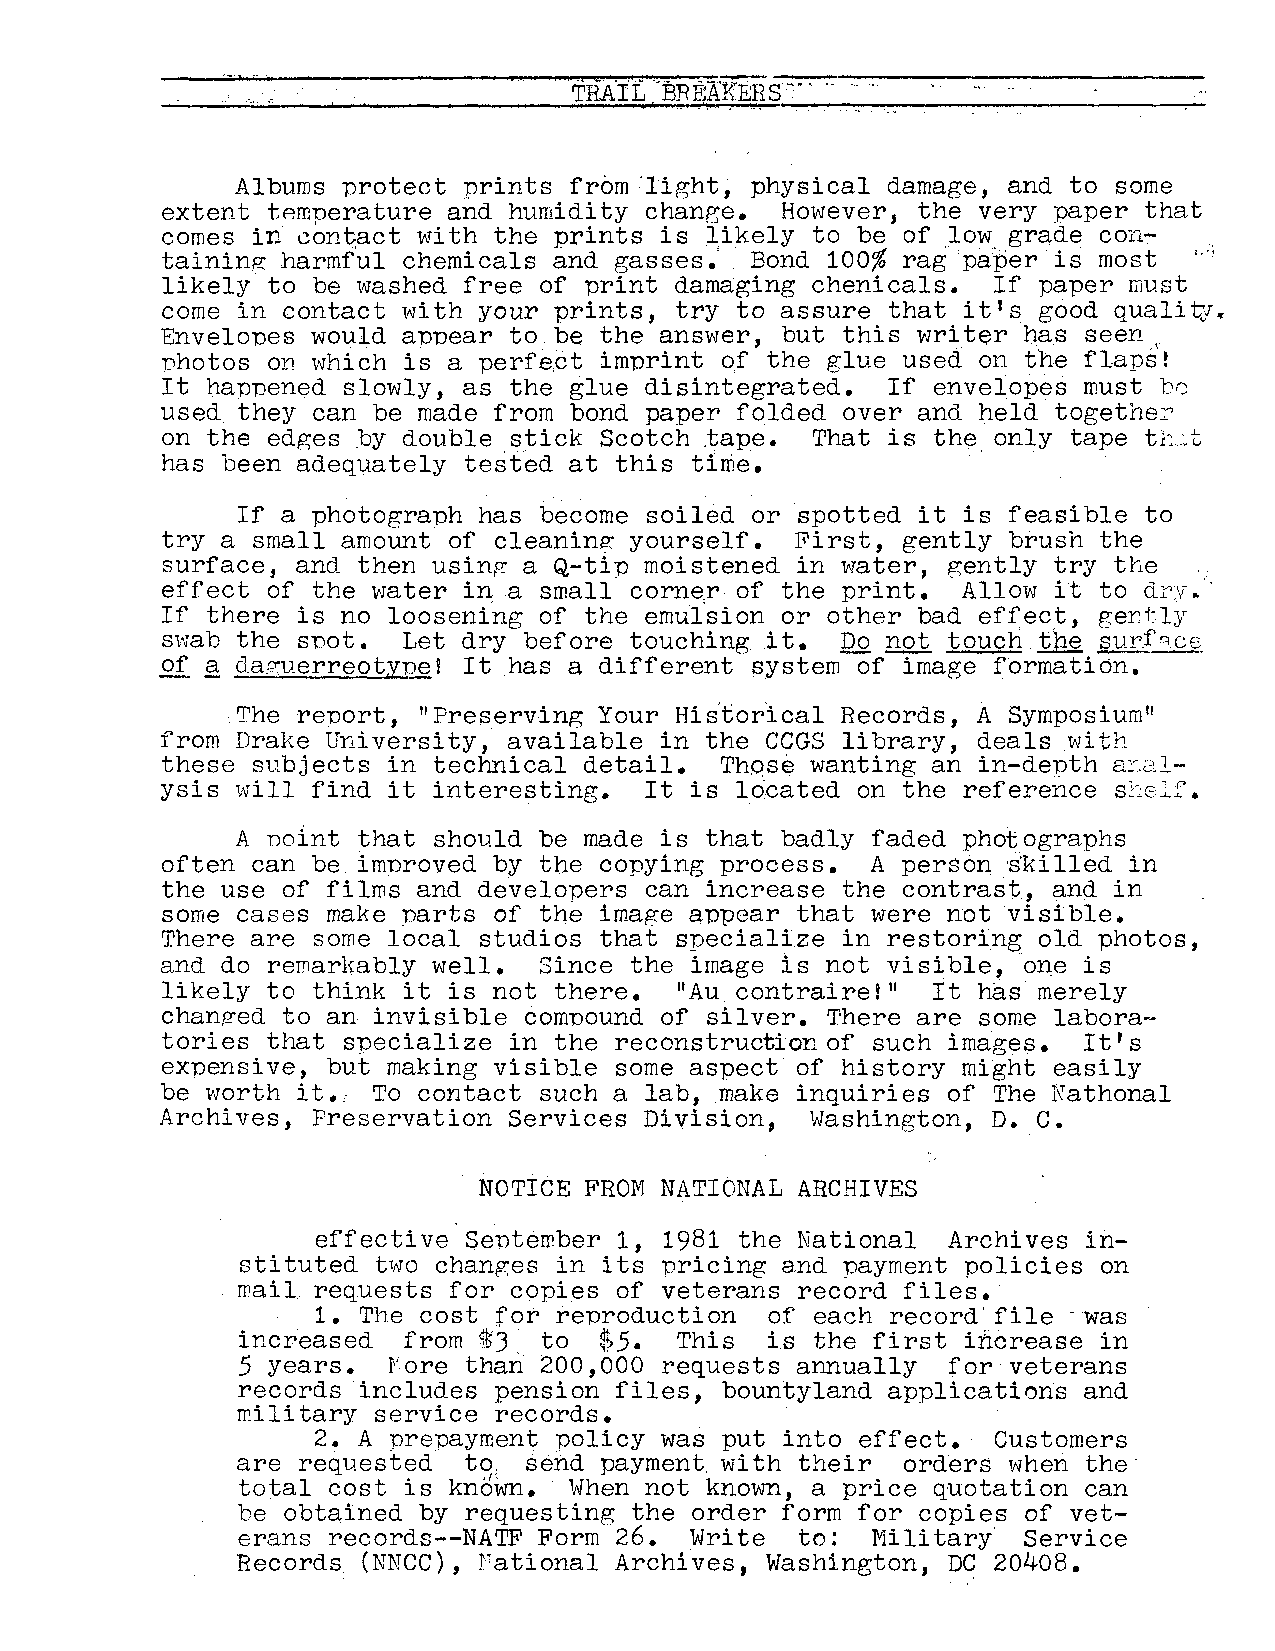
Albums protect prints from'light, physical damage, and to some
 extent tAmperature and humidity change.  However, the very paper that
 comes in 8ont,act with the prints is likely to be of low grade con
 taining harmful chemicals and gasses.  Bond 100% rag 'paper is most ,,.,
 likely to be washed free of print damaging chenicals.  If paper must
 come in contact with your prints, try to assure that it I s good quali t'J,.
 Envelopes would appear to be the answer, but this writer tas seen,
 vhotos on which is a perfe,ct imprint o.f the glue used on the flaps'!
 It happened slowly, as the glue disintegrated.  If envelopes must b0
 used they can be made from bond paper folded over and held together
 on the edges ~y double stick Scotch tape.  That is the only tape th~t
 has been adequately tested at this time.
 If a photograph has become soiled or spotted it is feasible to
 try a small amount of cleaning yourself.  First, gently brush the
 surface, and then using- a Q-tip moistened in water, gently try the  .
 effect of the water in a small corne,r of the print. Allow it to dry
 a
 If there is no loosening of the emulsion or other bad effect, gertly
 swab the snot.  Let dry before touching .it. Do not touch. the surfr::ice
 of g da7uerreotynel It has a different system of image formation.
 The report, "Preserving Your His'tor'ical Records, A Symposium"
 from Drake University, available in the CGGS library, deals with
 these subjects in technical detail.  Thpse wanting an in-depth ar2.l
 ysis will find it interesting.  It is located on the reference s~~slf.
 Anoint  that should be made is that badly faded photographs
 often can be improved by the copying process.  A person ·s'killed in
 the use of films and developers can increase the contrast, and in
 some cases make parts of the image qppear that were not visible.
 There are some local studios that specialize in restoring old photos,
 and do remarkably well.  Since the image is not visible, one is
 likely to think it is not there.  "Au contraire!"  It has merely
 changed to an invisible compound of silver. There are some labora
 tories that specialize in the reconstruction of such images. It's
 expensive, but making visible some aspect of history might easily
 be worth it., To contact such a lab, make inquiries of The h'athonal
 c.
 Archives, Preservation Services Division,  Washington, D.
 NOTICE FROM NATIONAL ARCHIVES
 effective Sentember 1, 1981 the National  Archives in
 stituted two changes in its pricing and payment policies on
 wail requests for copies of veterans record files.
 1. The cost for reproduction  of each record'file ·was
 increased  from @iJ to  $5.  This  is the first increase in
 5 years.  !"ore than 200,000 requests annually for veterans
 records includes pension files, bountyland applications and
 military service records.
 2. A prepayment policy was put into effect.  Customers
 are requested  to, send payment. with their orders when the
 total cost is known.  When not known, a price quotation can
 be obtained by requesting the order form for copies of vet
 erans records--NATF Form 26.  Write  to:  Military  Service
 Records. (NNCC), rational Archives, Washington, DC 20408.